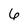
Character: 6